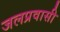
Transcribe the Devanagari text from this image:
जलप्रवासी